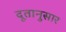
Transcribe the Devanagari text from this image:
दूतानुसार